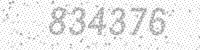
Solution: 834376